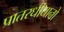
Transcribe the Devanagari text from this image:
प्रातरधीयानो